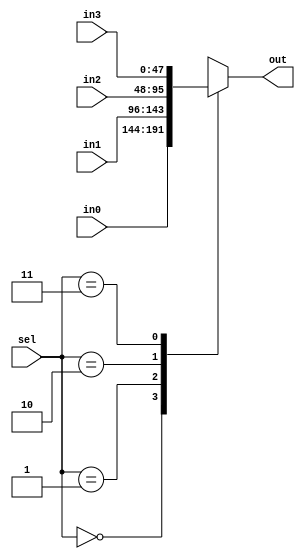
module MUX_4_1(sel,in0,in1,in2,in3,out);
parameter N=48;
input [1:0] sel;
input [N-1:0] in0,in1,in2,in3;
output reg [N-1:0] out;

always @(*) begin
	case(sel)
		2'b00: out=in0;
		2'b01: out=in1;
		2'b10: out=in2;
		2'b11: out=in3; 
		endcase
end


endmodule